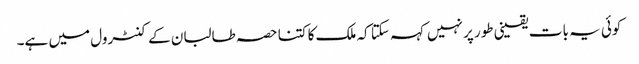
کوئی یہ بات یقینی طور پر نہیں کہہ سکتا کہ ملک کا کتنا حصہ طالبان کے کنٹرول میں ہے۔